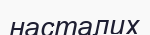
насталих